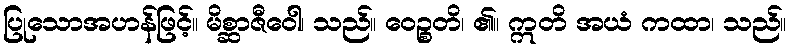
ပြုသောအဟန်ဖြင့်။ မိစ္ဆာဇီဝေါ၊ သည်။ ဝေဉ္စတိ၊ ၏။ ဣတိ အယံ ကထာ၊ သည်။